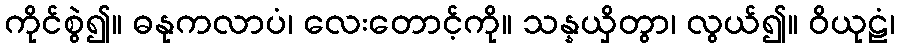
ကိုင်စွဲ၍။ ဓနုကလာပံ၊ လေးတောင့်ကို။ သန္နယှိတွာ၊ လွယ်၍။ ဝိယုဠံ၊